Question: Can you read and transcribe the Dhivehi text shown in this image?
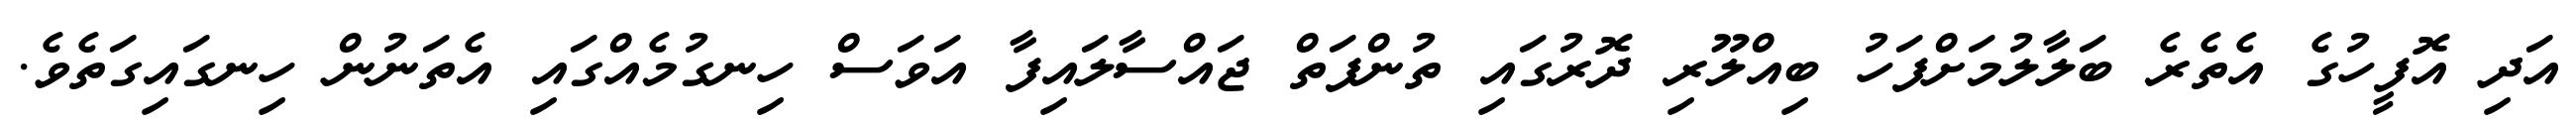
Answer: އަދި އޮފީހުގެ އެތެރެ ބަލާލުމަށްފަހު ބިއްލޫރި ދޮރުގައި ތުންފަތް ޖައްސާލައިފާ އަވަސް ހިނގުމެއްގައި އެތަނުން ހިނގައިގަތެވެ.